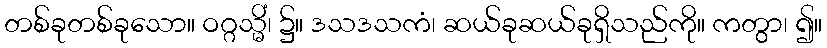
တစ်ခုတစ်ခုသော။ ဝဂ္ဂသ္မိံ၊ ၌။ ဒသဒသကံ၊ ဆယ်ခုဆယ်ခုရှိသည်ကို။ ကတွာ၊ ၍။